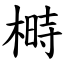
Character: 榯